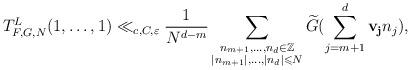
LaTeX: \begin{align*}T_{F,G,N}^L(1,\dots,1) \ll_{c,C,\varepsilon} \frac{1}{N^{d-m}}\sum\limits_{\substack{n_{m+1},\dots,n_d \in \mathbb{Z} \\ \vert n_{m+1}\vert,\dots,\vert n_{d}\vert \leqslant N}} \widetilde{G}(\sum_{j=m+1}^d \mathbf{v_j} n_j),\end{align*}